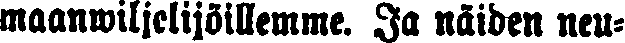
maanwiljelijöillemme. Ja näiden neu-